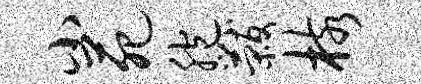
小苑胞黻核